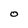
Character: O